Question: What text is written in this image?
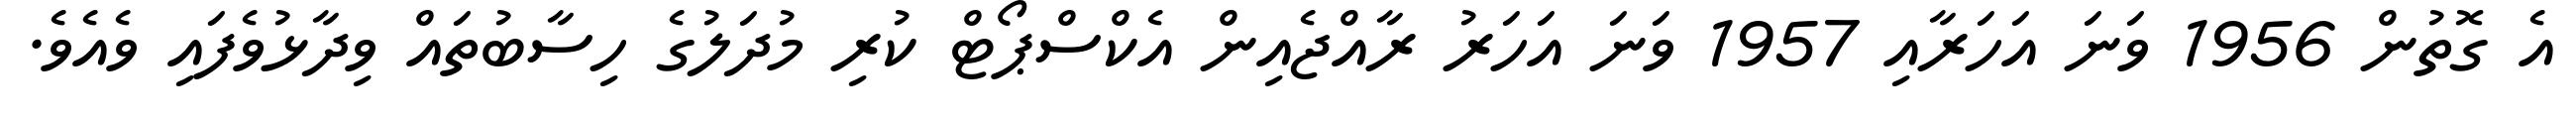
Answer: އެ ގޮތުން 1956 ވަނަ އަހަރާއި 1957 ވަނަ އަހަރު ރާއްޖެއިން އެކްސްޕޯޓް ކުރި މުދަލުގެ ހިސާބުތައް ވިދާޅުވެފައި ވެއެވެ.